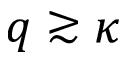
q \gtrsim \kappa